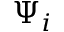
\Psi _ { i }